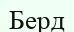
Берд